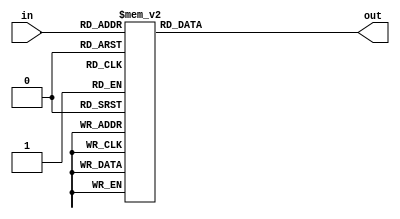
module seg7(
	input [3:0] in,
	output reg [7:0] out
);

always @(*) begin
	case(in)
		// 0
		4'b0000: begin
			out = 8'b11000000;
		end
		
		// 1
		4'b0001: begin
			out = 8'b11111001;
		end
		
		// 2
		4'b0010: begin
			out = 8'b10100100;
		end
		
		// 3
		4'b0011: begin
			out = 8'b10110000;
		end
		
		//4
		4'b0100: begin
			out = 8'b10011001;
		end
		
		// 5
		4'b0101: begin
			out = 8'b10010010;
		end
		
		// 6
		4'b0110: begin
			out = 8'b10000010;
		end
		
		// 7
		4'b0111: begin
			out = 8'b11111000;
		end
		
		// 8
		4'b1000: begin
			out = 8'b10000000;
		end
		
		// 9
		4'b1001: begin
			out = 8'b10011000;
		end
		
		// A
		4'b1010: begin
			out = 8'b10001000;
		end
		
		// B
		4'b1011: begin
			out = 8'b10000011;
		end
		
		// C
		4'b1100: begin
			out = 8'b11000110;
		end
		
		// D
		4'b1101: begin
			out = 8'b10100001;
		end
		
		// E
		4'b1110: begin
			out = 8'b10000110;
		end
		
		// F
		4'b1111: begin
			out = 8'b10001110;
		end
	endcase
end
endmodule